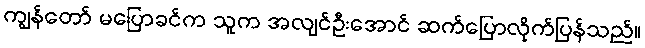
ကျွန်တော် မပြောခင်က သူက အလျင်ဦးအောင် ဆက်ပြောလိုက်ပြန်သည်။